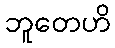
ဘူတေဟိ